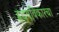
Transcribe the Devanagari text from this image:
हृदयविकारचा